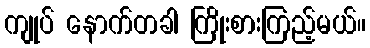
ကျုပ် နောက်တခါ ကြိုးစားကြည့်မယ်။